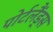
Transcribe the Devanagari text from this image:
पोर्टलैंड्स